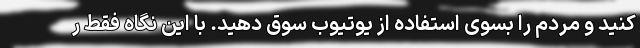
کنید و مردم را بسوی استفاده از یوتیوب سوق دهید. با این نگاه فقط ر